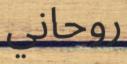
روحاني